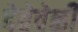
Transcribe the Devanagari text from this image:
देतेवेळी